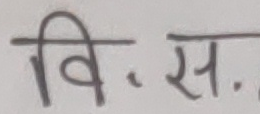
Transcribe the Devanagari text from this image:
वि.स.